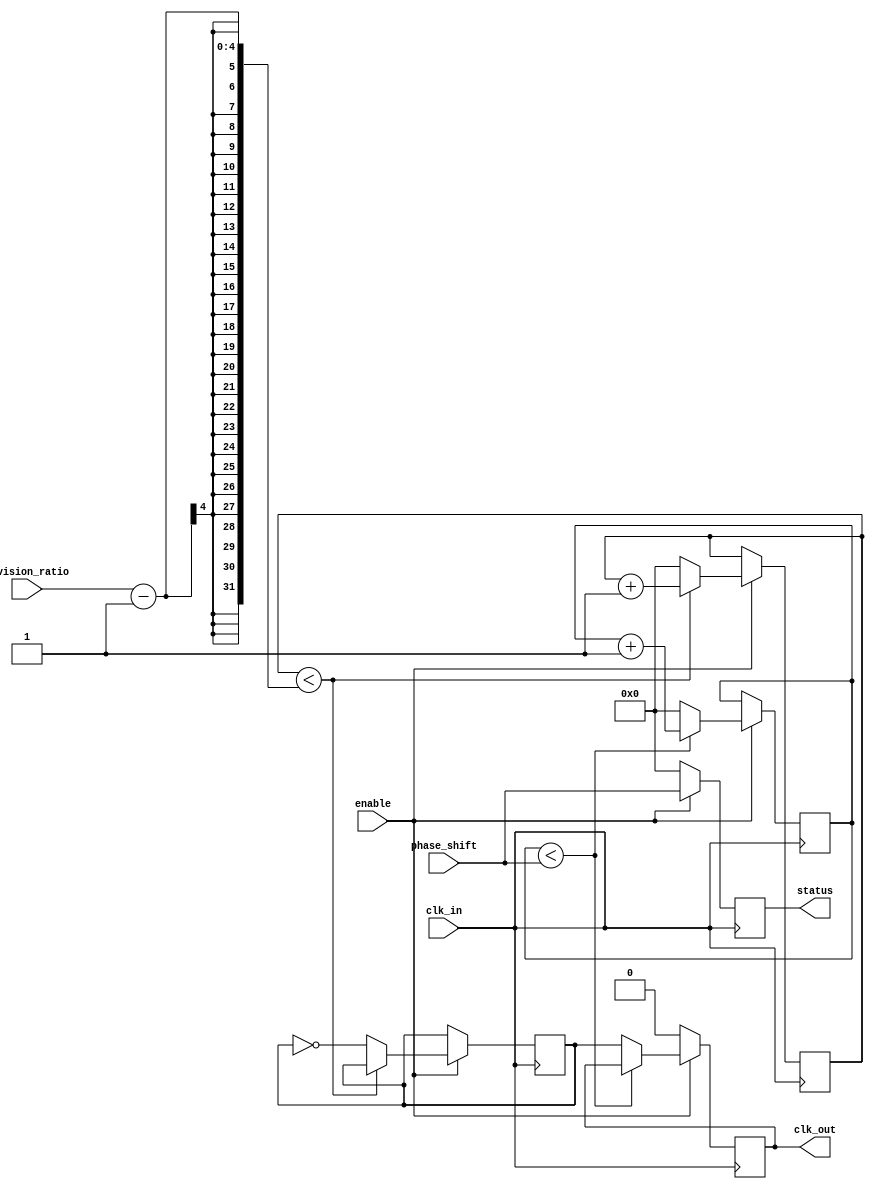
module ProgrammableClockBuffer (
    input wire clk_in,                     // Input clock signal
    input wire [3:0] division_ratio,      // Programmable division ratio (4-bits for values 1-16)
    input wire [3:0] phase_shift,          // Programmable phase shift (4-bits for phase adjustment)
    input wire enable,                      // Output enable signal
    output reg clk_out,                    // Output clock signal
    output reg [3:0] status                // Status indicators
);

    reg [3:0] counter;                     // Counter for division
    reg [3:0] phase_count;                 // Counter for phase adjustment
    reg clk_div;                           // Internal divided clock signal
    
    parameter PHASE_INCREMENT = 2;         // Define phase increment (2 clock cycles)
    parameter PHASE_MAX = 16;               // Maximum phase shift value (in clock cycles)
    
    initial begin
        counter = 0;
        phase_count = 0;
        clk_out = 0;
        status = 0;                        // Initialize status
    end

    always @(posedge clk_in) begin
        if (enable) begin
            // Frequency Division Logic
            if (counter < division_ratio - 1) begin
                counter <= counter + 1;
            end else begin
                counter <= 0;
                clk_div <= ~clk_div;       // Toggle divided clock signal
            end
            
            // Phase Adjustment Logic
            if (phase_count < phase_shift) begin
                phase_count <= phase_count + 1;
            end else begin
                phase_count <= 0;
                clk_out <= clk_div;       // Output clock after phase adjustment
            end
            
            // Update Status Register
            status <= {division_ratio, phase_shift}; // Example status encoding
        end else begin
            clk_out <= 1'b0;                // Disable output clock when enable is low
            status <= 4'b0000;              // Reset status
        end
    end

endmodule